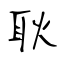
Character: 耿